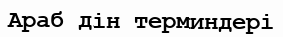
Араб дін терминдері